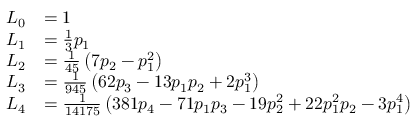
{ \begin{array} { r l } { L _ { 0 } } & { = 1 } \\ { L _ { 1 } } & { = { \frac { 1 } { 3 } } p _ { 1 } } \\ { L _ { 2 } } & { = { \frac { 1 } { 4 5 } } \left( 7 p _ { 2 } - p _ { 1 } ^ { 2 } \right) } \\ { L _ { 3 } } & { = { \frac { 1 } { 9 4 5 } } \left( 6 2 p _ { 3 } - 1 3 p _ { 1 } p _ { 2 } + 2 p _ { 1 } ^ { 3 } \right) } \\ { L _ { 4 } } & { = { \frac { 1 } { 1 4 1 7 5 } } \left( 3 8 1 p _ { 4 } - 7 1 p _ { 1 } p _ { 3 } - 1 9 p _ { 2 } ^ { 2 } + 2 2 p _ { 1 } ^ { 2 } p _ { 2 } - 3 p _ { 1 } ^ { 4 } \right) } \end{array} }